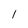
Character: l